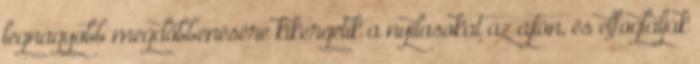
legnagyobb megdöbbenésére kikergetik a nyilasokat az ajtón, és elfoglalják